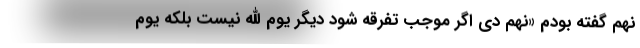
نهم گفته بودم «نهم دی اگر موجب تفرقه شود دیگر یوم الله نیست بلکه یوم